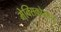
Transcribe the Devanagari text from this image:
मेक्‍सिकोमध्ये